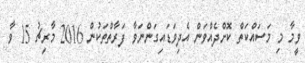
ވީމާ މި މަސައްކަތް ކޮށްދެއްވަން އެދިވަޑައިގަންނަވާ ފަރާތްތަކުން 2016 މާރިޗު 15 ވާ